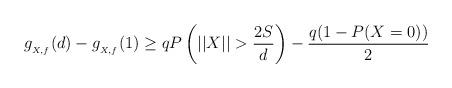
LaTeX: \begin{align*} \begin{aligned} g_{_{X,f}}(d)-g_{_{X,f}}(1) \geq qP\left(||X||>\frac{2S}{d}\right)-\frac{q(1-P(X=0))}{2} \end{aligned}\end{align*}